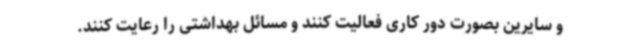
و سایرین بصورت دور کاری فعالیت کنند و مسائل بهداشتی را رعایت کنند.